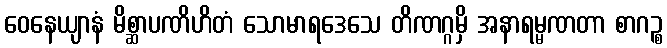
ဝေနေယျာနံ မိစ္ဆာပဏိဟိတံ သောမာရဒေသေ တိဏဂ္ဂမှိ အနာရမ္မဏတာ စာဂဉ္စ